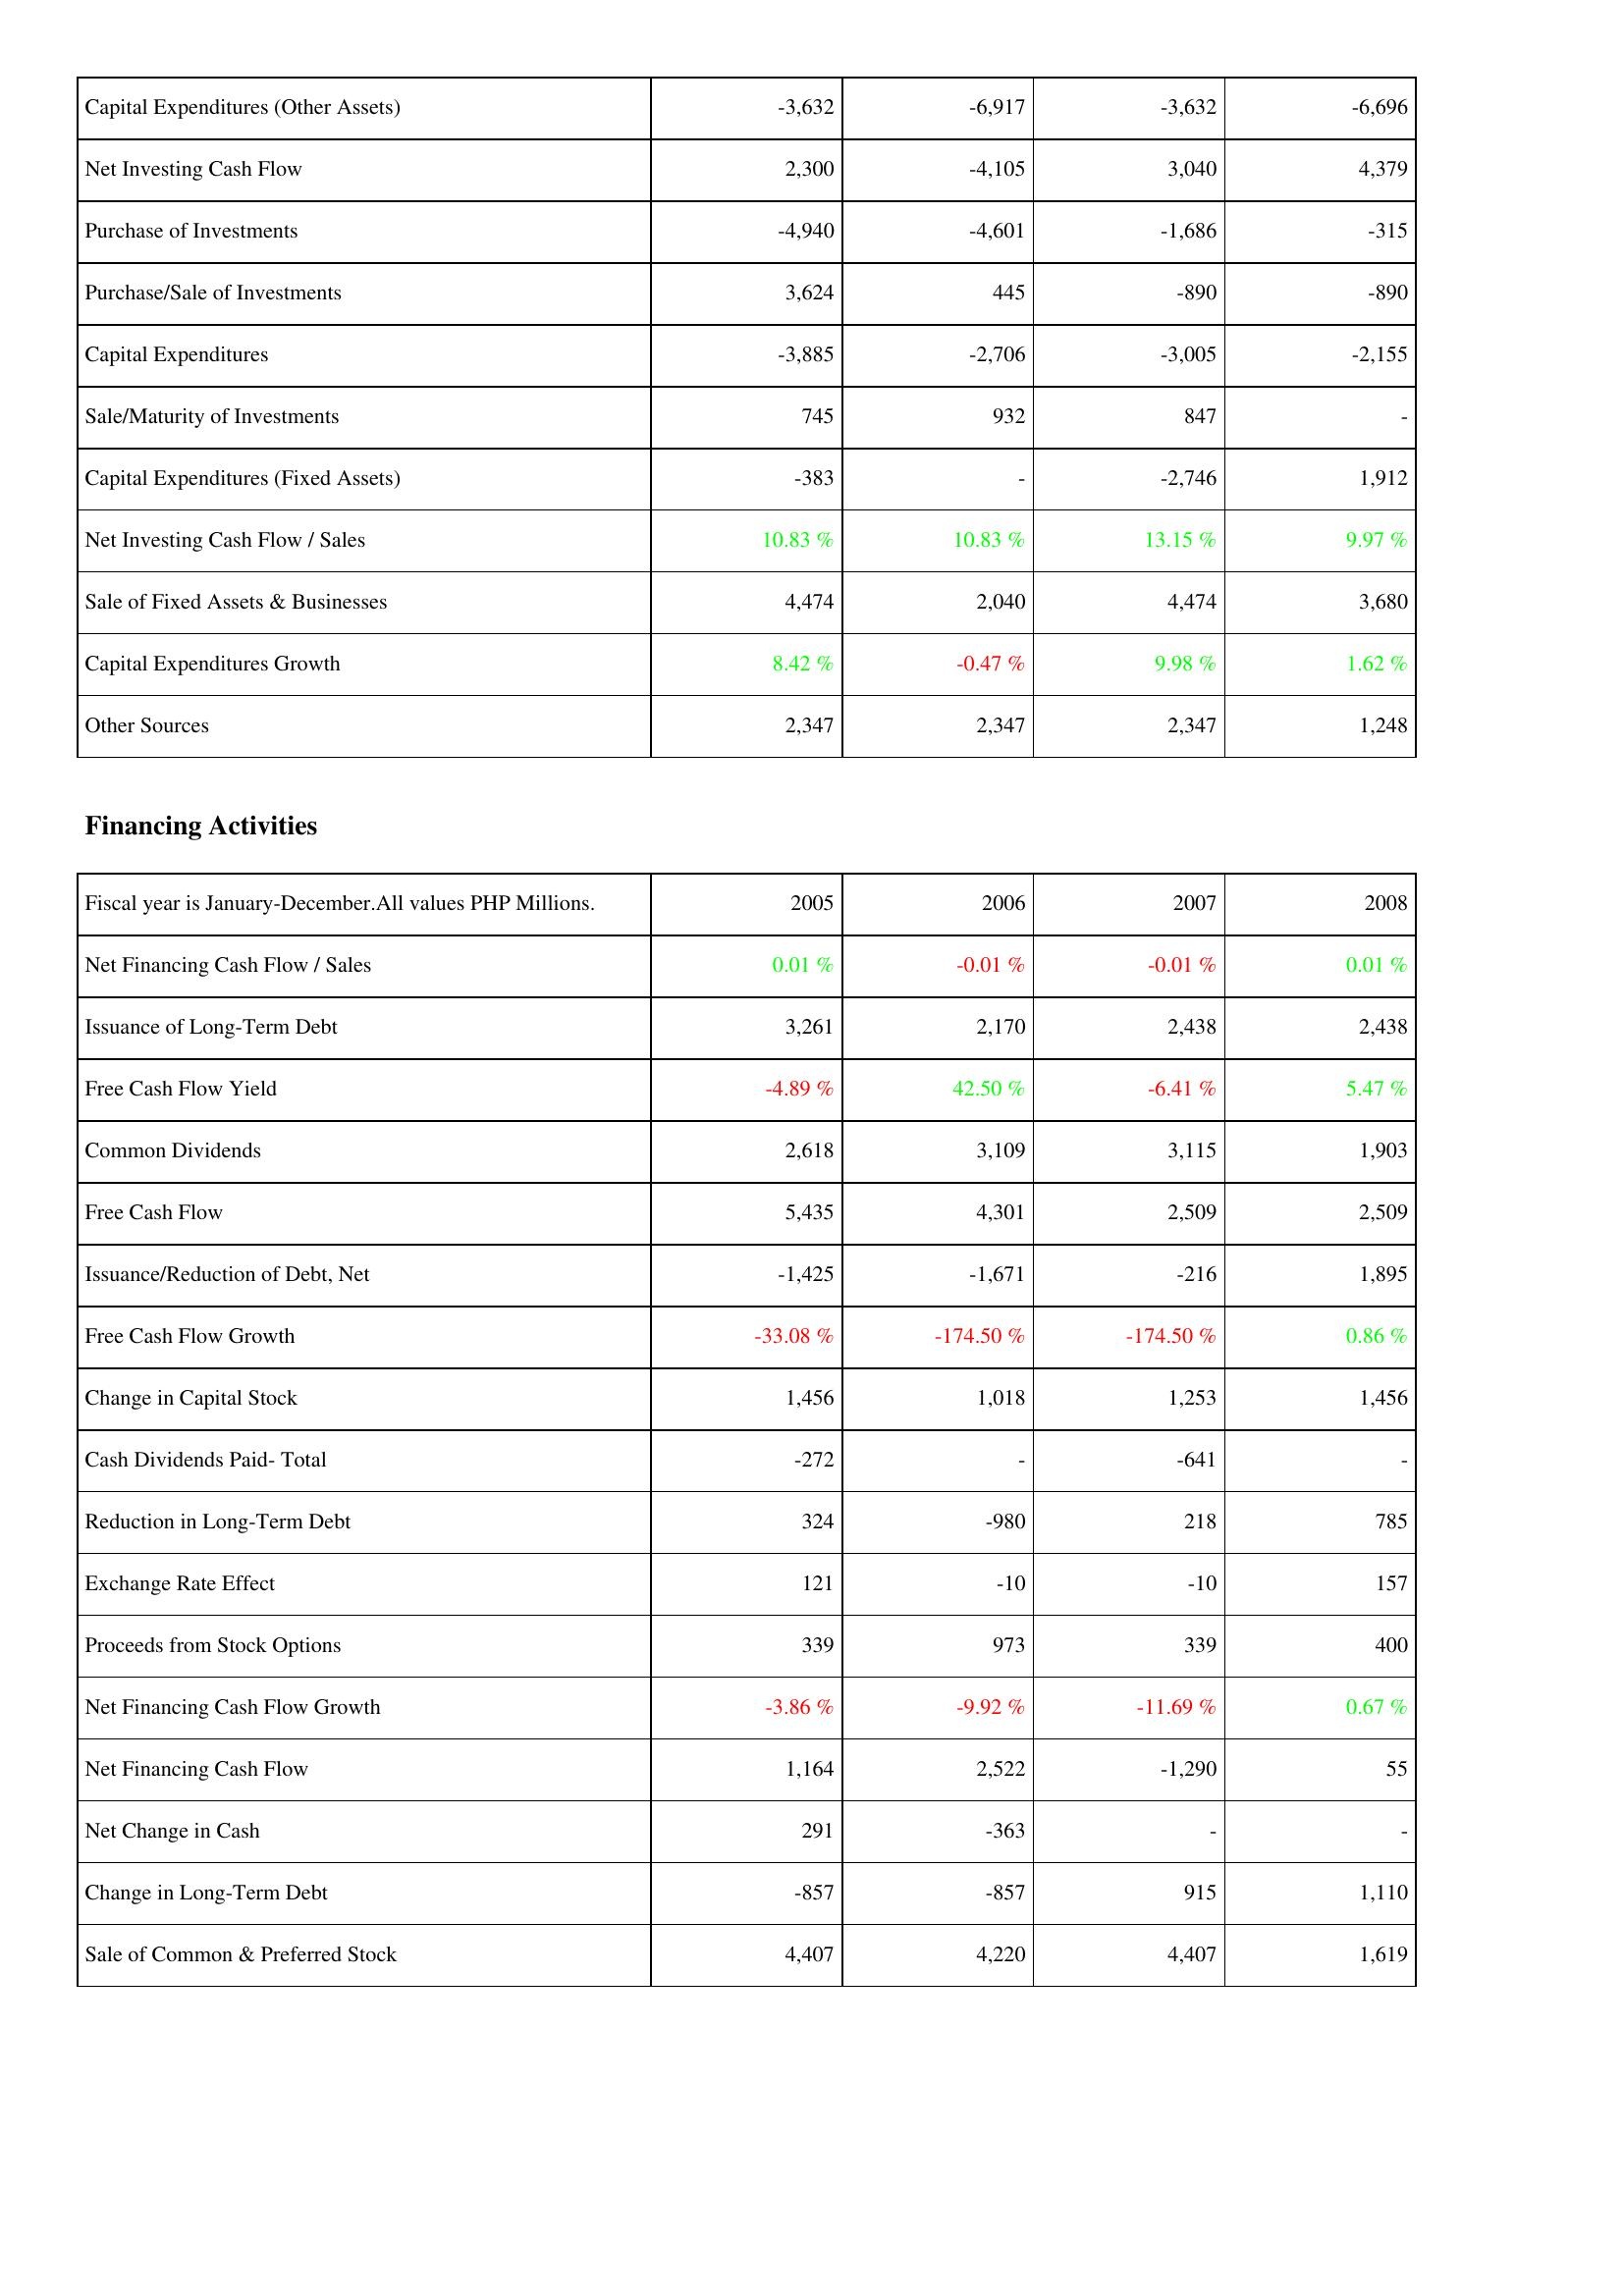
2005: Investing Activities: Capital Expenditures (Other Assets): -3,632
Net Investing Cash Flow: 2,300
Purchase of Investments: -4,940
Purchase/Sale of Investments: 3,624
Capital Expenditures: -3,885
Sale/Maturity of Investments: 745
Capital Expenditures (Fixed Assets): -383
Net Investing Cash Flow / Sales: 10.83 %
Sale of Fixed Assets & Businesses: 4,474
Capital Expenditures Growth: 8.42 %
Other Sources: 2,347
Financing Activities: Net Financing Cash Flow / Sales: 0.01 %
Issuance of Long-Term Debt: 3,261
Free Cash Flow Yield: -4.89 %
Common Dividends: 2,618
Free Cash Flow: 5,435
Issuance/Reduction of Debt, Net: -1,425
Free Cash Flow Growth: -33.08 %
Change in Capital Stock: 1,456
Cash Dividends Paid- Total: -272
Reduction in Long-Term Debt: 324
Exchange Rate Effect: 121
Proceeds from Stock Options: 339
Net Financing Cash Flow Growth: -3.86 %
Net Financing Cash Flow: 1,164
Net Change in Cash: 291
Change in Long-Term Debt: -857
Sale of Common & Preferred Stock: 4,407
2006: Investing Activities: Capital Expenditures (Other Assets): -6,917
Net Investing Cash Flow: -4,105
Purchase of Investments: -4,601
Purchase/Sale of Investments: 445
Capital Expenditures: -2,706
Sale/Maturity of Investments: 932
Capital Expenditures (Fixed Assets): -
Net Investing Cash Flow / Sales: 10.83 %
Sale of Fixed Assets & Businesses: 2,040
Capital Expenditures Growth: -0.47 %
Other Sources: 2,347
Financing Activities: Net Financing Cash Flow / Sales: -0.01 %
Issuance of Long-Term Debt: 2,170
Free Cash Flow Yield: 42.50 %
Common Dividends: 3,109
Free Cash Flow: 4,301
Issuance/Reduction of Debt, Net: -1,671
Free Cash Flow Growth: -174.50 %
Change in Capital Stock: 1,018
Cash Dividends Paid- Total: -
Reduction in Long-Term Debt: -980
Exchange Rate Effect: -10
Proceeds from Stock Options: 973
Net Financing Cash Flow Growth: -9.92 %
Net Financing Cash Flow: 2,522
Net Change in Cash: -363
Change in Long-Term Debt: -857
Sale of Common & Preferred Stock: 4,220
2007: Investing Activities: Capital Expenditures (Other Assets): -3,632
Net Investing Cash Flow: 3,040
Purchase of Investments: -1,686
Purchase/Sale of Investments: -890
Capital Expenditures: -3,005
Sale/Maturity of Investments: 847
Capital Expenditures (Fixed Assets): -2,746
Net Investing Cash Flow / Sales: 13.15 %
Sale of Fixed Assets & Businesses: 4,474
Capital Expenditures Growth: 9.98 %
Other Sources: 2,347
Financing Activities: Net Financing Cash Flow / Sales: -0.01 %
Issuance of Long-Term Debt: 2,438
Free Cash Flow Yield: -6.41 %
Common Dividends: 3,115
Free Cash Flow: 2,509
Issuance/Reduction of Debt, Net: -216
Free Cash Flow Growth: -174.50 %
Change in Capital Stock: 1,253
Cash Dividends Paid- Total: -641
Reduction in Long-Term Debt: 218
Exchange Rate Effect: -10
Proceeds from Stock Options: 339
Net Financing Cash Flow Growth: -11.69 %
Net Financing Cash Flow: -1,290
Net Change in Cash: -
Change in Long-Term Debt: 915
Sale of Common & Preferred Stock: 4,407
2008: Investing Activities: Capital Expenditures (Other Assets): -6,696
Net Investing Cash Flow: 4,379
Purchase of Investments: -315
Purchase/Sale of Investments: -890
Capital Expenditures: -2,155
Sale/Maturity of Investments: -
Capital Expenditures (Fixed Assets): 1,912
Net Investing Cash Flow / Sales: 9.97 %
Sale of Fixed Assets & Businesses: 3,680
Capital Expenditures Growth: 1.62 %
Other Sources: 1,248
Financing Activities: Net Financing Cash Flow / Sales: 0.01 %
Issuance of Long-Term Debt: 2,438
Free Cash Flow Yield: 5.47 %
Common Dividends: 1,903
Free Cash Flow: 2,509
Issuance/Reduction of Debt, Net: 1,895
Free Cash Flow Growth: 0.86 %
Change in Capital Stock: 1,456
Cash Dividends Paid- Total: -
Reduction in Long-Term Debt: 785
Exchange Rate Effect: 157
Proceeds from Stock Options: 400
Net Financing Cash Flow Growth: 0.67 %
Net Financing Cash Flow: 55
Net Change in Cash: -
Change in Long-Term Debt: 1,110
Sale of Common & Preferred Stock: 1,619